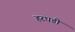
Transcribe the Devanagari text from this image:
हरघडी